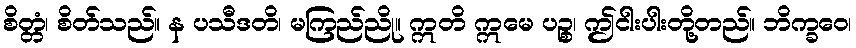
စိတ္တံ၊ စိတ်သည်။ န ပသီဒတိ၊ မကြည်ညို။ ဣတိ ဣမေ ပဉ္စ၊ ဤငါးပါးတို့တည်။ ဘိက္ခဝေ၊